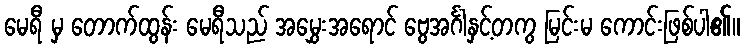
မေရီ မှ တောက်ထွန်း မေရီသည် အမွှေးအရောင် ဗွေအင်္ဂါနှင့်တကွ မြင်းမ ကောင်းဖြစ်ပါ၏။